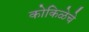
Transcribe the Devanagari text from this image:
कोकिळेचे